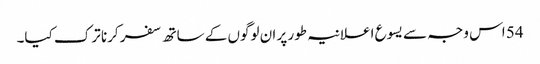
54 اس وجہ سے یسوع اعلانیہ طور پر ان لوگوں کے ساتھ سفر کرنا ترک کیا۔